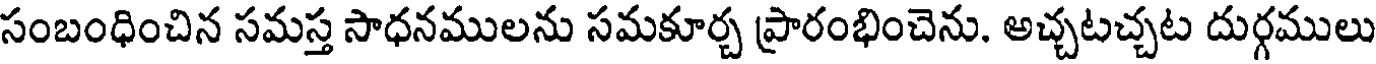
సంబంధించిన సమస్త సాధనములను సమకూర్చ ప్రారంభించెను. అచ్చటచ్చట దుర్గములు